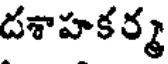
దశాహకర్మ